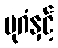
ပုဂံနှင့်